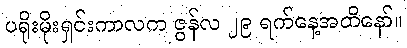
ပရိုးမိုးရှင်းကာလက ဇွန်လ ၂၉ ရက်နေ့အထိနော်။